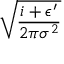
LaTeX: \sqrt { \frac { i + \epsilon ^ { \prime } } { 2 \pi \sigma ^ { 2 } } }